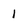
Character: 1